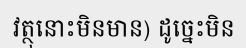
វត្ថុនោះមិនមាន) ដូច្នេះមិន